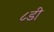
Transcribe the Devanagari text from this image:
८डी